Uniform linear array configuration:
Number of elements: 48
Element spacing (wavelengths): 0.75
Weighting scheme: hann
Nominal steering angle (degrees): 15
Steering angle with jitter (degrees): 16.044
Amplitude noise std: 0.05
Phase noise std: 0.05

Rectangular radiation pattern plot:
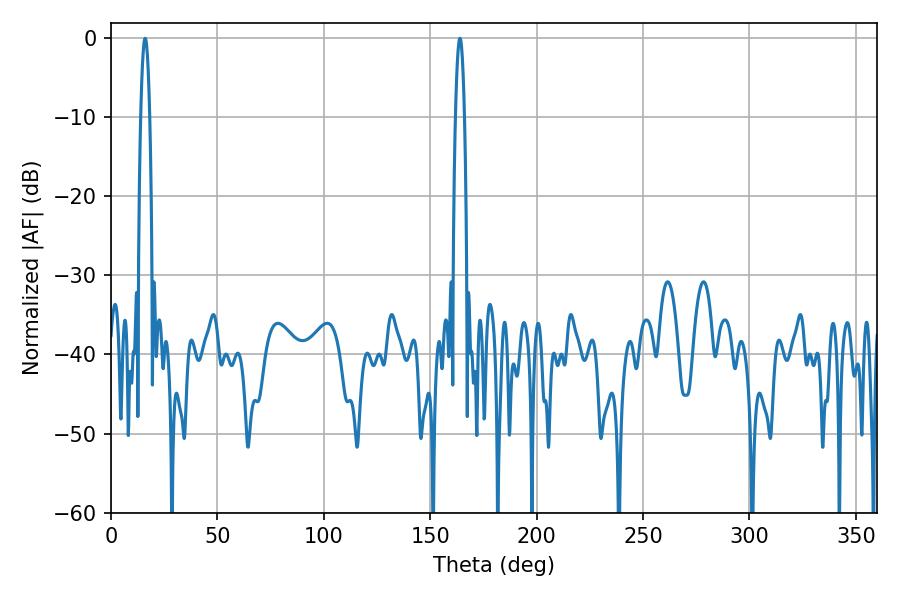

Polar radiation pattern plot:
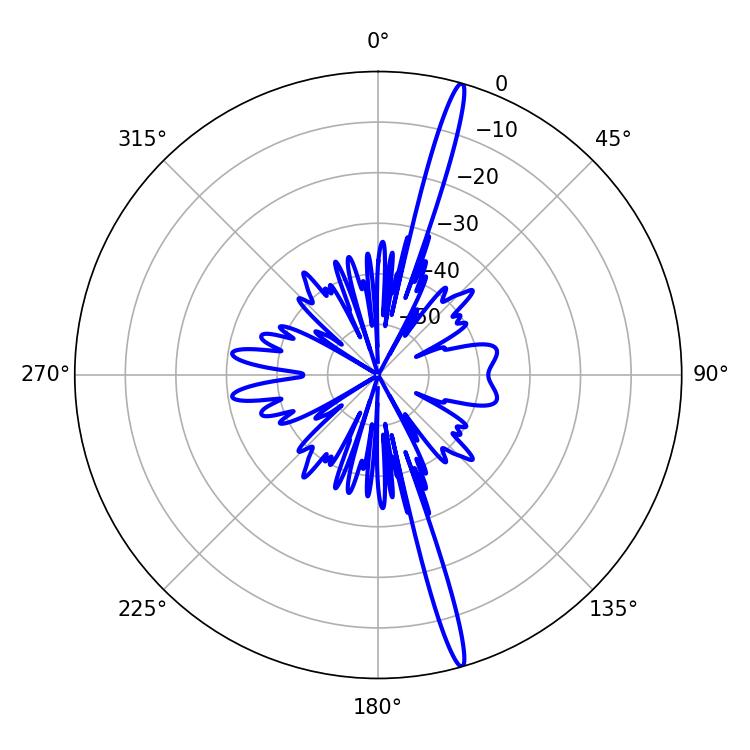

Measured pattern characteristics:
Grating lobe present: TRUE
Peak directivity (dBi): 19.116
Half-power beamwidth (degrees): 2.16
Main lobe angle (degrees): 16.02